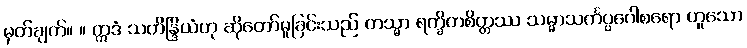
မှတ်ချက်။ ။ ဣဒံ သတိန္ဒြိယံဟု ဆိုတော်မူခြင်းသည် တသ္မာ ရက္ခိတစိတ္တဿ သမ္မာသင်္ကပ္ပဂေါစရော ဟူသော